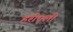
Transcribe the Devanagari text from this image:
हरीएली